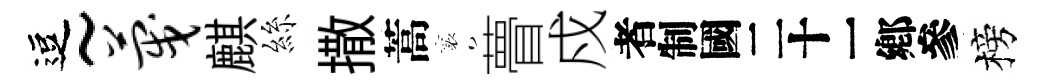
逗~蔑麒絲撒蒿襄瞢戍识榜